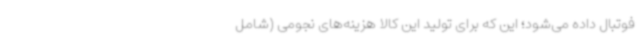
فوتبال داده می‌شود؛ این که برای تولید این کالا هزینه‌های نجومی (شامل